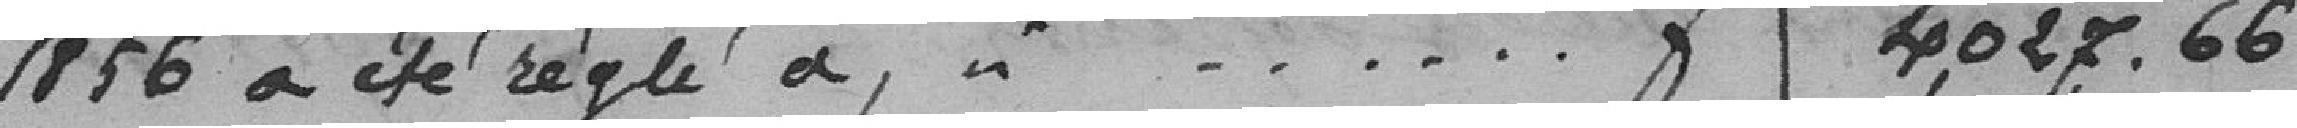
1856 a été réglé à,   . . . . . . francs 4,027.66